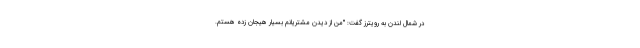
در شمال لندن به رویترز گفت: "من از دیدن مشتریانم بسیار هیجان زده هستم.